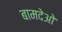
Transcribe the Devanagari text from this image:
बामदेओ